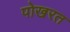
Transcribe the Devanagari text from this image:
पोखरत